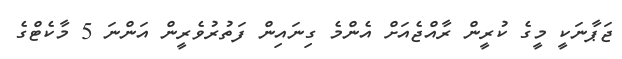
ޖަޕާނަކީ މީގެ ކުރީން ރާއްޖެއަށް އެންމެ ގިނައިން ފަތުރުވެރީން އަންނަ 5 މާކެޓްގެ